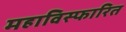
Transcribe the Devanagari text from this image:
महाविस्फारित